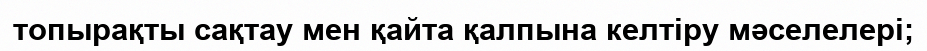
топырақты сақтау мен қайта қалпына келтіру мәселелері;